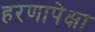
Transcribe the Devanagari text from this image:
हरणापेक्षा